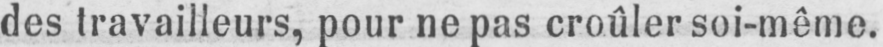
des travailleurs, pour ne pas croûler soi-même.